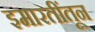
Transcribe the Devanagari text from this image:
इमारतींतून